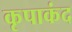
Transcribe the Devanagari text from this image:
कृपाकंद